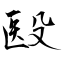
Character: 殹